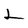
Character: 2